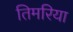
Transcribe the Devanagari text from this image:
तिमरिया